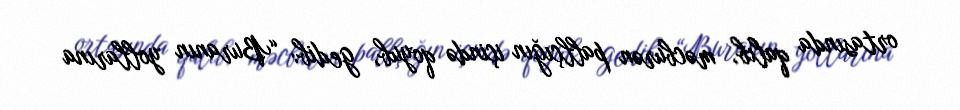
ortasında qalıb, məcburən pallçığın içində qoyub, gedib: “Buranın yollarına